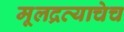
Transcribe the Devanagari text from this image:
मूलद्रव्याचेच